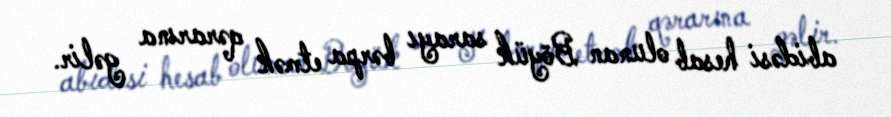
abidəsi hesab olunan Böyük sarayı bərpa etmək qərarına gəlir.